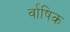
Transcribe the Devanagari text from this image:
र्वाषिक